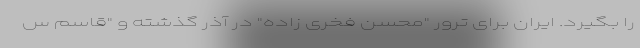
را بگیرد. ایران برای ترور "محسن فخری زاده" در آذر گذشته و "قاسم س